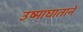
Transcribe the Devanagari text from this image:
उष्माघाताने